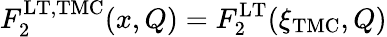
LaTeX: F_{2}^{\mathrm{LT,TMC}}(x,Q)=F_{2}^{\mathrm{LT}}(\xi_{\mathrm{TMC}},Q)